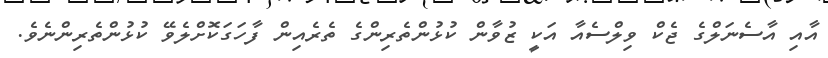
އާއި އާސެނަލްގެ ޖެކް ވިލްސެއާ އަކީ ޒުވާން ކުުޅުންތެރިންގެ ތެރެއިން ފާހަގަކޮށްލެވޭ ކުޅުންތެރިންނެވެ.